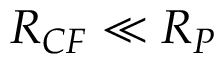
R _ { C F } \ll R _ { P }